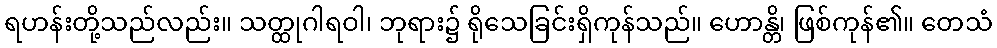
ရဟန်းတို့သည်လည်း။ သတ္ထုဂါရဝါ၊ ဘုရား၌ ရိုသေခြင်းရှိကုန်သည်။ ဟောန္တိ၊ ဖြစ်ကုန်၏။ တေသံ